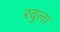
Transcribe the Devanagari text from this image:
रवुला